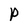
Character: P